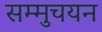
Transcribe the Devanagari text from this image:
सम्मुचयन